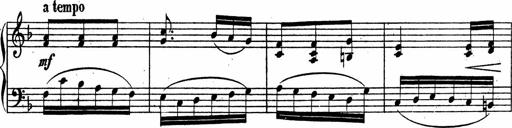
Title: Piano Sonata
Composer: Karl HÃ¤ssler
Key: C major